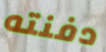
دفنته